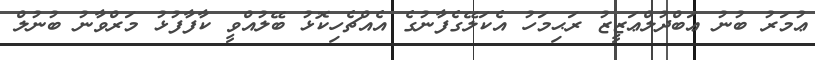
ޢުމަރު ބުނު ޢަބްދުލްޢަޒީޒު ރަޙިމަހު އެކަލޭގެފާނުގެ އެއްޗެހިކޮޅު ބޭލުއްވީ ކާފާފުޅު މަރްވާނު ބުނުލް